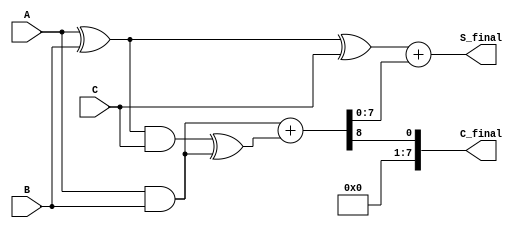
module carry_save_adder (
    input [7:0] A, // Operand A
    input [7:0] B, // Operand B
    input [7:0] C, // Operand C
    output [7:0] S_final, // Final Sum Output
    output [7:0] C_final // Final Carry Output
);
    wire [7:0] S1, S2; // Partial sums
    wire [7:0] C1, C2; // Carry bits

    // Stage 1: Compute Partial Sum and Carry for A and B
    assign S1 = A ^ B;         // Partial Sum S1 = A XOR B
    assign C1 = A & B;         // Carry C1 = A AND B

    // Stage 2: Compute Partial Sum and Carry for S1 and C
    assign S2 = S1 ^ C;        // Partial Sum S2 = S1 XOR C
    assign C2 = (S1 & C) ^ C1; // Carry C2 = (S1 AND C) XOR C1

    // Stage 3: Compute Final Carry
    wire [8:0] carry_sum; // To accommodate carry out
    assign carry_sum = {1'b0, C1} + {1'b0, C2}; // Add carries, with an extra bit for overflow

    // Final Sum = S2 + Final Carry
    assign S_final = S2 + carry_sum[7:0]; // Sum considering potential carry out
    assign C_final = carry_sum[8]; // Final carry out (if necessary)

endmodule